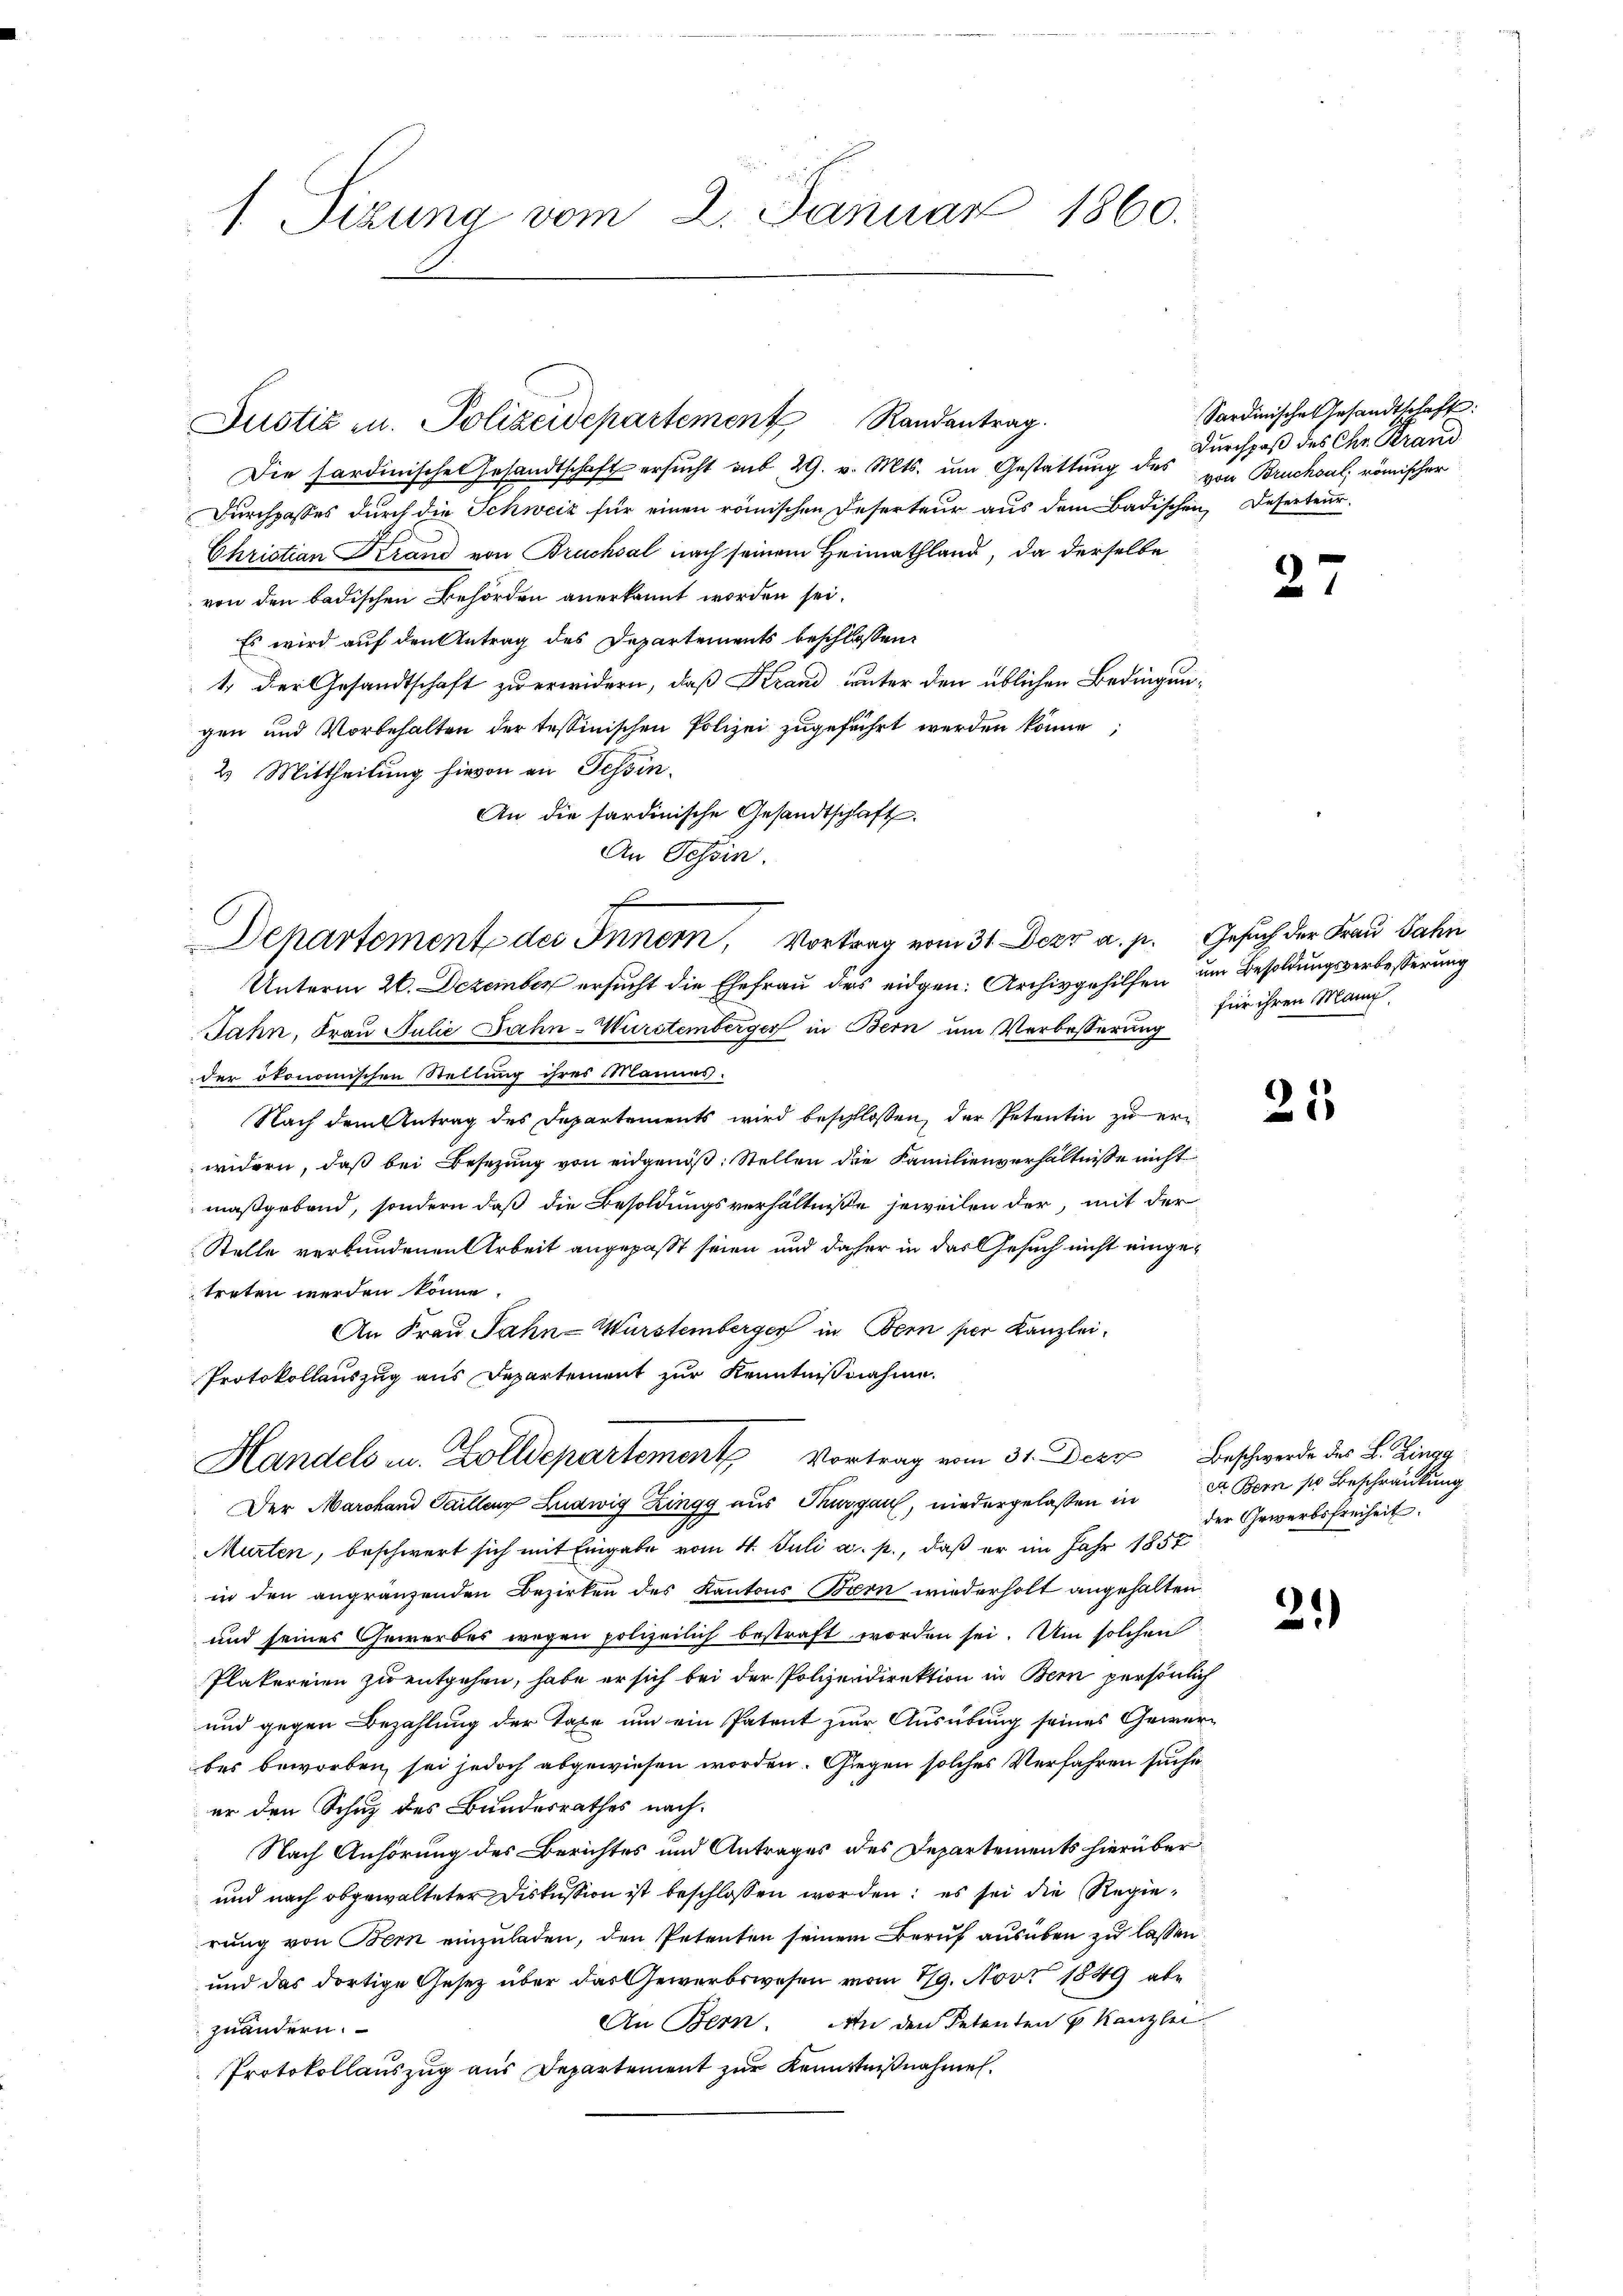
1 Sizung vom 2. Januar 1860.

Justiz u. Polizeidepartement Randantrag

Die Sardinischen Gesandtschaft ersŭcht aus 29. v. Mts. um Gestattung des von Bruchsal; römischer
Durchgasses durch die Schweiz für einen römischen Deserteur aus dem Badischen, Deserteur.
Christian Krand von Bruchsal nach seinem Heimathland, da derselbe
von den badischen Behörden anerkannt worden sei.
Es wird auf den Antrag des Departements beschlossen:
1. Der Gesandtschaft zu erwidern, daß Krand unter den üblichen Bedingungen und Vorbehalten der tessinischen Polizei zugeführt werden könne,
2. Mittheilung hievon an Tessin.
An die sardinische Gesandtschaft.
An Tessin.
Departement des Innern, Vortrag vom 31. Dezr a. p. Gesuch der Frau Jahn
Unterm 26. Dezember ersucht die Ehefrau des eidgen: Archivgehilfen um Besoldungsverbesserung
Jahn, Frau Julie Jahn-Wurstemberger in Bern um Verbesserung
der ökonomischen Stellung ihres Mannes.
Nach dem Antrag des Departements wird beschlossen, der Petentin zu erwidern, daß bei Besetzung von eidgenoß: Stellen die Familienverhältnisse nicht
maßgebend, sondern daß die Besoldungsverhältniße jeweilen der, mit der
Stelle verbundenen Arbeit angepaßt seien und daher in das Gesuch nicht eingetreten werden könne.
An Frau Jahn-Würstemberger in Bern per Kanzlei¬
Protokollauszug aus Departement zur Kenntnisnahme.
Handels u. Zolldepartement Vortrag vom 31. Dez Beschwerde des L. Zingg
Der Marchand Gaillenz Ludwig Zingg aus Thurgau, niedergelaßen in Dr. Bern so Beschränkung
Murten, beschwert sich mit Eingabe vom 4. Juli a. p., daß er im Jahr 1857
in den angränzenden Bezirken des Kantons Bern wiederholt angehalten.
und seines Gewerbes wegen polizeilich bestraft worden sei. Um solchen
Plakereien zu entgehen, habe er sich bei der Polizeidirektion in Bern persönlich
und gegen Bezahlung der Taxe um ein Patent zur Ausübung seines Gewerbes beworben sei jedoch abgewiesen worden. Giegen solches Verfahren suche
er den Schuz des Bundesrathes nach
Nach Anhörung des Berichtes und Antrages des Departements hierüber
und nach obgewalteter Diskussion ist beschlossen worden; es sei die Regierung von Bern einzuladen, den Petenten seinem Beruf ausüben zu lassen.
und das dortige Gesetz über das Gewerbswesen vom 19. Nov. 1849 abe
An Bern. An den Petenten & Kanzlei
zuändern.
Protokollauszug aus Departement zur Kenntnißnahmen.

e

Sardinische Gesandtschaft:
Durchpaß des Chr. Krand

2

für ihren Mann

21

der Erwerbsfreiheit.

21)